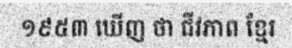
១៩៥៣ ឃើញ ថា ជីវភាព ខ្មែរ